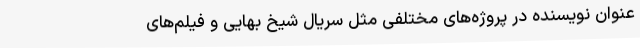
عنوان نویسنده در پروژه‌های مختلفی مثل سریال شیخ بهایی و فیلم‌های